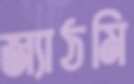
জ্যাঠমি